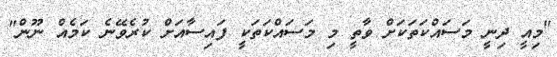
"މިއީ ދިނީ މަސައްކަތަކަށް ވާތީ މި މަސައްކަތަކީ ފައިސާއަށް ކުރެވޭނެ ކަމެއް ނޫން"